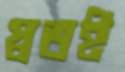
স্বতই